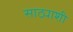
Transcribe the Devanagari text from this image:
साठ्याशी